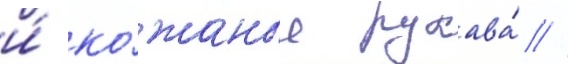
и́ ко́жаные рукава́ //